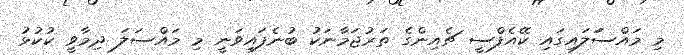
މި މައްސަަލައިގައި ކޭއެފްސީ ޗެއިންގެ ތަރުޖަމާނަކު ބުނެފައިވަނީ މި މައްސަލަ ދިމާވީ ކުކުޅު